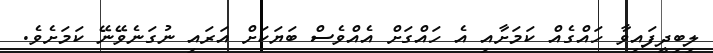
ލިބިދީފައިވާ ހައްގެއް ކަމަށާއި އެ ހައްގަށް އެއްވެސް ބަޔަކަށް އަރައި ނުގަނެވޭނޭ ކަމަށެވެ.